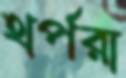
থর্পরা